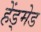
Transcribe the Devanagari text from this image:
हेंड्मेड